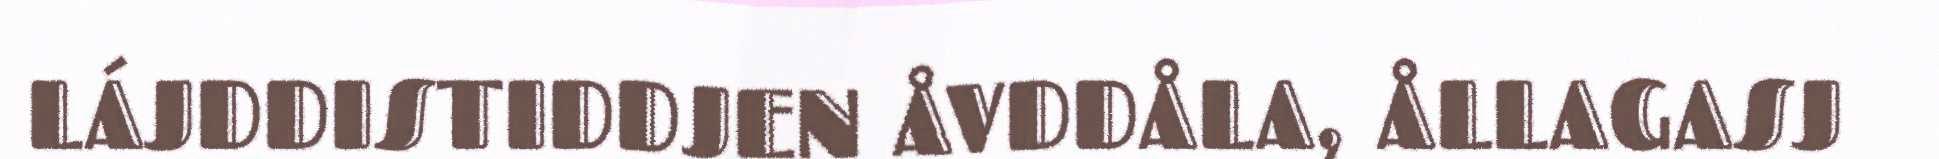
LÁJDDISTIDDJEN ÅVDDÅLA, ÅLLAGASJ